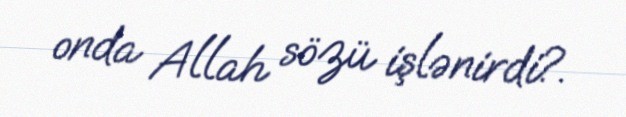
onda Allah sözü işlənirdi?.